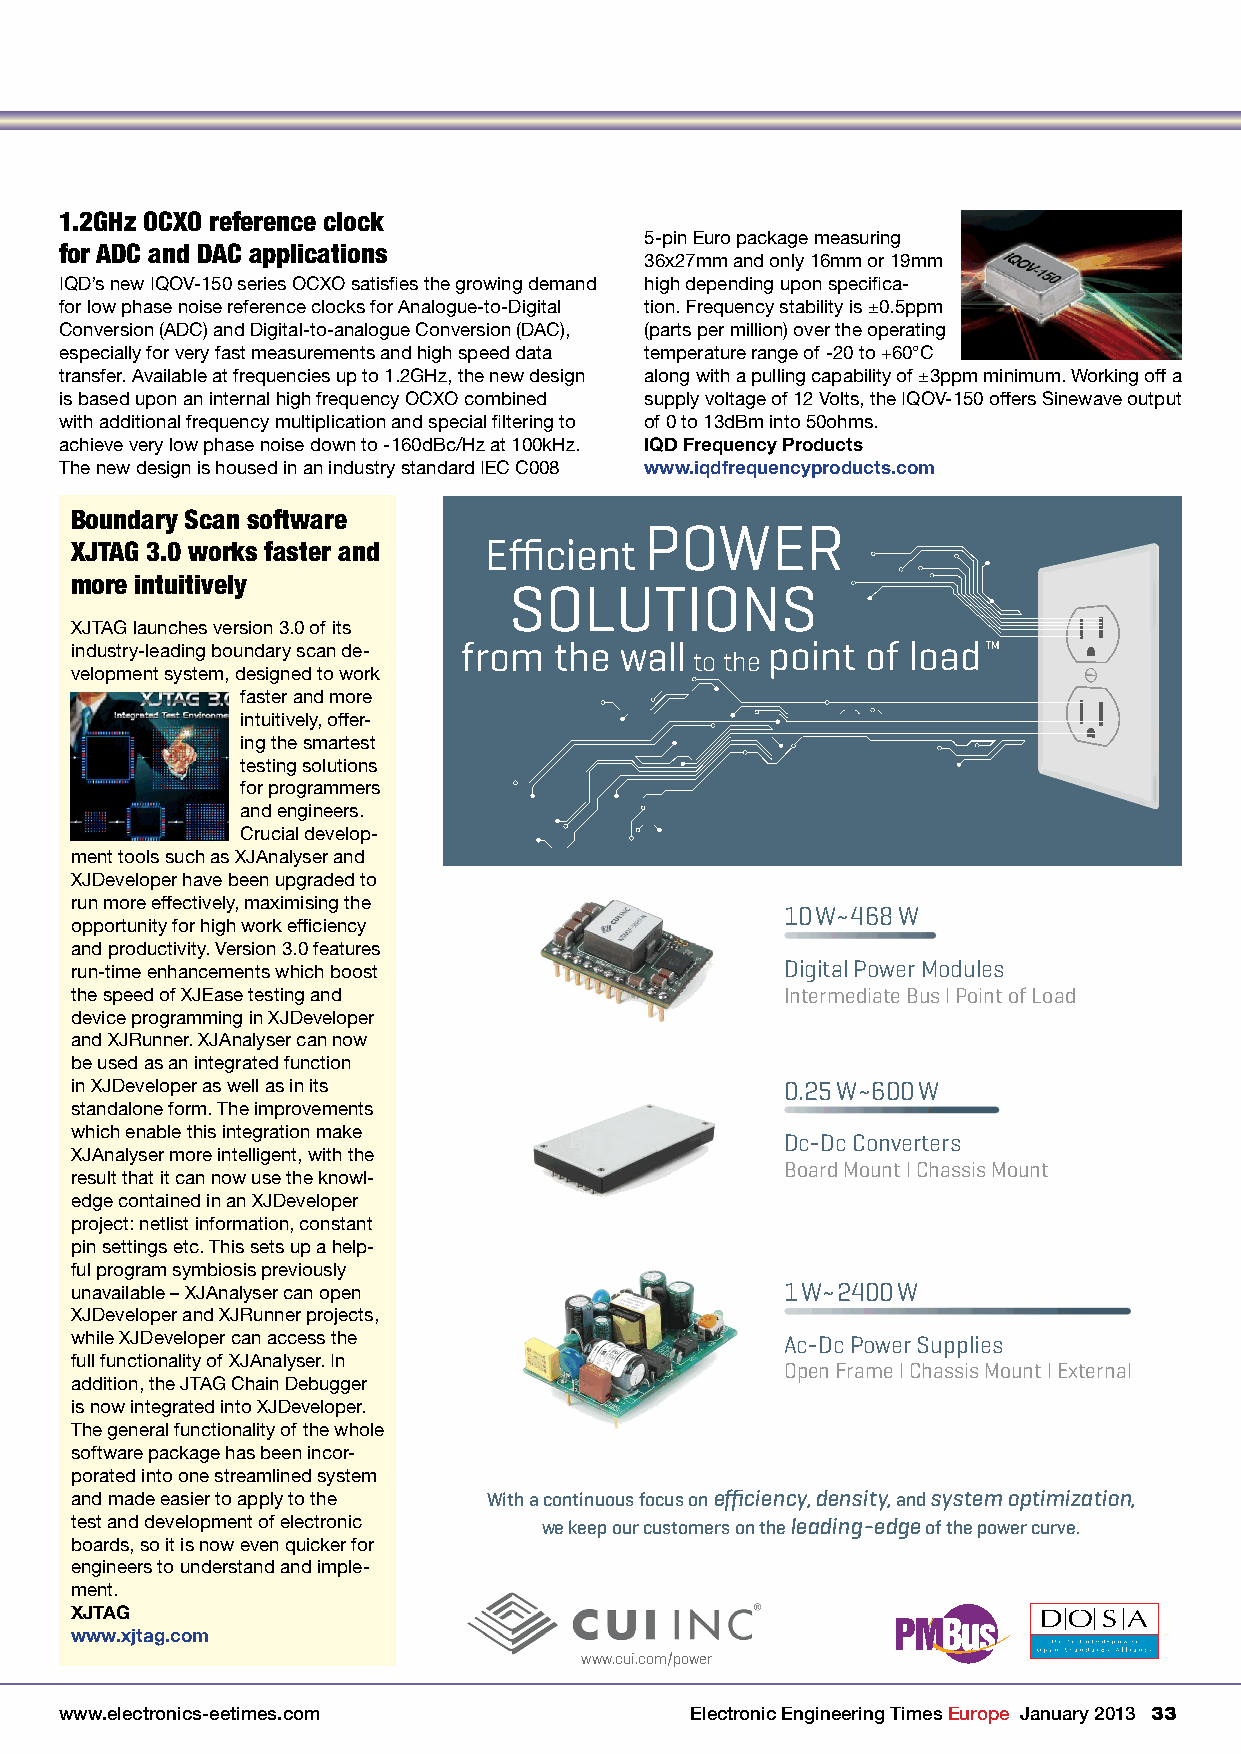
1.2GHz OCXO reference clock
 5-pin Euro package measuring
 for ADC and DAC applications
 36x27mm and only 16mm or 19mm
 IQD’s new IQOV-150 series OCXO satisfies the growing demand high depending upon specifica-
 for low phase noise reference clocks for Analogue-to-Digital tion. Frequency stability is ±0.5ppm
 Conversion (ADC) and Digital-to-analogue Conversion (DAC), (parts per million) over the operating
 especially for very fast measurements and high speed data temperature range of -20 to +60°C
 transfer. Available at frequencies up to 1.2GHz, the new design along with a pulling capability of ±3ppm minimum. Working off a
 is based upon an internal high frequency OCXO combined supply voltage of 12 Volts, the IQOV-150 offers Sinewave output
 with additional frequency multiplication and special filtering to of 0 to 13dBm into 50ohms.
 achieve very low phase noise down to -160dBc/Hz at 100kHz. IQD Frequency Products
 The new design is housed in an industry standard IEC C008 www.iqdfrequencyproducts.com
 Boundary Scan software
 POWER
 XJTAG 3.0 works faster and Efficient
 more intuitively
 SOLUTIONS
 XJTAG launches version 3.0 of its
 industry-leading boundary scan de-
 from  the wall
 to the
 point of loadTM
 velopment system, designed to work
 faster and more
 intuitively, offer-
 ing the smartest
 testing solutions
 for programmers
 and engineers.
 Crucial develop-
 ment tools such as XJAnalyser and
 XJDeveloper have been upgraded to
 run more effectively, maximising the
 10W~468W
 opportunity for high work efficiency
 and productivity. Version 3.0 features
 Digital Power Modules
 run-time enhancements which boost
 the speed of XJEase testing and                Intermediate Bus l Point of Load
 device programming in XJDeveloper
 and XJRunner. XJAnalyser can now
 be used as an integrated function
 in XJDeveloper as well as in its               0.25W~600W
 standalone form. The improvements
 which enable this integration make
 Dc-Dc Converters
 XJAnalyser more intelligent, with the
 Board Mount l Chassis Mount
 result that it can now use the knowl-
 edge contained in an XJDeveloper
 project: netlist information, constant
 pin settings etc. This sets up a help-
 ful program symbiosis previously
 unavailable – XJAnalyser can open              1W~2400W
 XJDeveloper and XJRunner projects,
 while XJDeveloper can access the               Ac-Dc Power Supplies
 full functionality of XJAnalyser. In           Open Frame l Chassis Mount l External
 addition, the JTAG Chain Debugger
 is now integrated into XJDeveloper.
 The general functionality of the whole
 software package has been incor-
 porated into one streamlined system
 and made easier to apply to the With a continuous focus on effi ciency, density, and system optimization,
 test and development of electronic we keep our customers on the leading-edge of the power curve.
 boards, so it is now even quicker for
 engineers to understand and imple-
 ment.
 XJTAG
 www.xjtag.com
 wwwwww..ccuuii..ccoomm//ppoowweerr
 www.electronics-eetimes.com               Electronic Engineering Times Europe January 2013 33